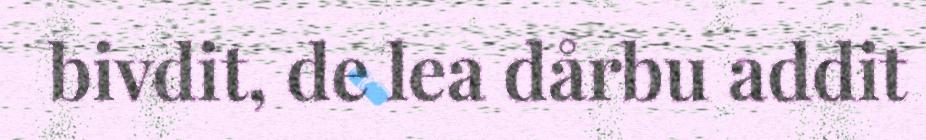
bivdit, de lea dårbu addit